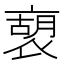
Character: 𧛫